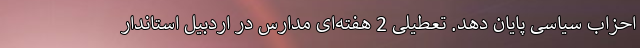
احزاب سیاسی پایان دهد. تعطیلی 2 هفته‌ای مدارس در اردبیل استاندار